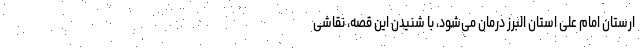
ارستان امام علی استان البرز درمان می‌شود، با شنیدن این قصه، نقاشی‌